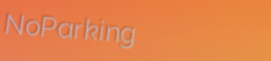
NoParking